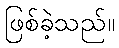
ဖြစ်ခဲ့သည်။